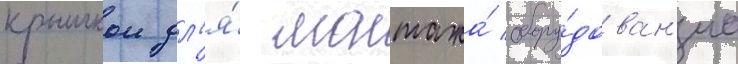
крышкои дл'я́ монтажа́ обору́дован'иа